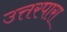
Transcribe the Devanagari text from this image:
उत्तरपारा